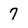
Character: 7